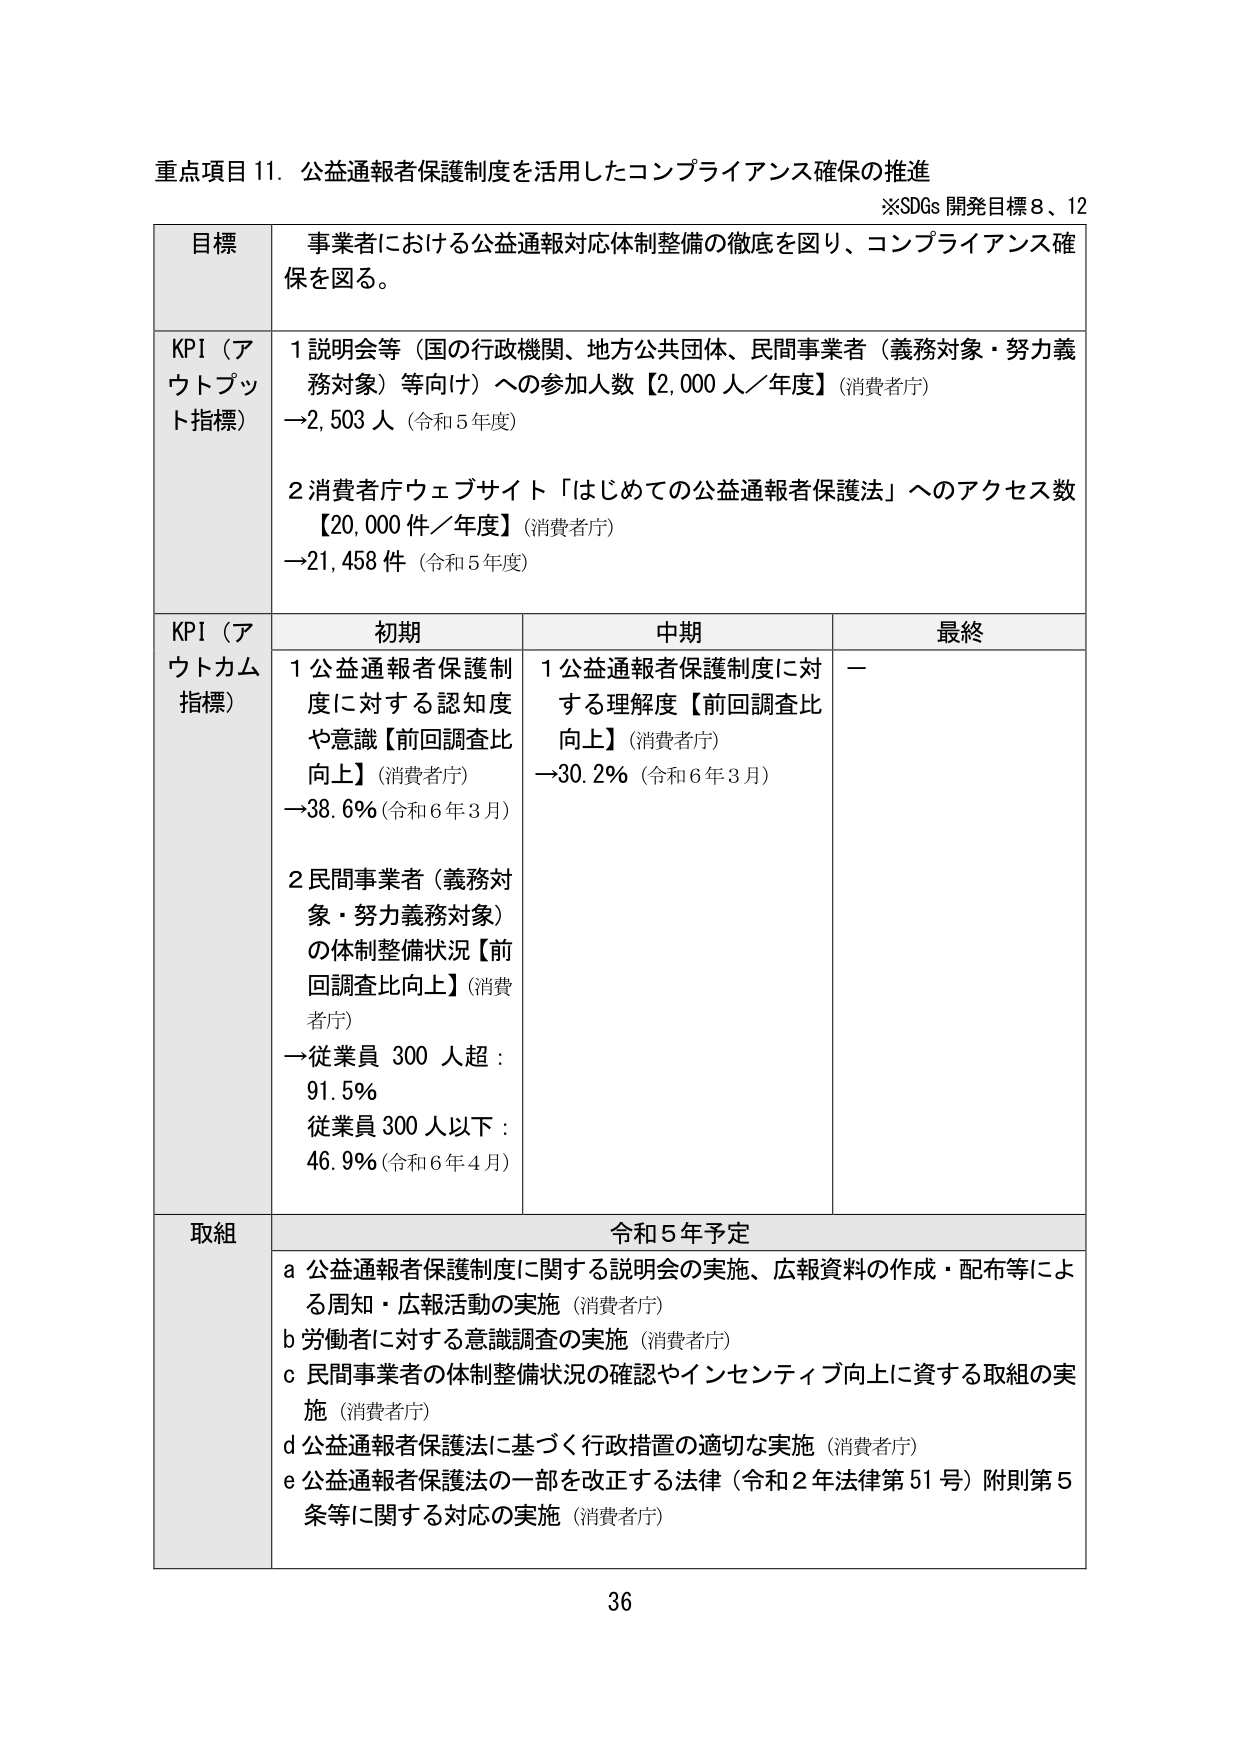
重点項目 11．公益通報者保護制度を活用したコンプライアンス確保の推進
※SDGs 開発目標 8、12

目標
事業者における公益通報対応体制整備の徹底を図り、コンプライアンス確保を図る。

KPI（アウトプット指標）
1 説明会等（国の行政機関、地方公共団体、民間事業者（義務対象・努力義務対象）等向け）への参加人数【2,000 人／年度】（消費者庁）
→2,503 人（令和 5 年度）

2 消費者庁ウェブサイト「はじめての公益通報者保護法」へのアクセス数【20,000 件／年度】（消費者庁）
→21,458 件（令和 5 年度）

KPI（アウトカム指標）
初期
1 公益通報者保護制度に対する認知度や意識【前回調査比向上】（消費者庁）
→38.6%（令和 6 年 3 月）

2 民間事業者（義務対象・努力義務対象）の体制整備状況【前回調査比向上】（消費者庁）
→従業員 300 人超：91.5%
従業員 300 人以下：46.9%（令和 6 年 4 月）

中期
1 公益通報者保護制度に対する理解度【前回調査比向上】（消費者庁）
→30.2%（令和 6 年 3 月）

最終
－

取組
令和 5 年予定
a 公益通報者保護制度に関する説明会の実施、広報資料の作成・配布等による周知・広報活動の実施（消費者庁）
b 労働者に対する意識調査の実施（消費者庁）
c 民間事業者の体制整備状況の確認やインセンティブ向上に資する取組の実施（消費者庁）
d 公益通報者保護法に基づく行政措置の適切な実施（消費者庁）
e 公益通報者保護法の一部を改正する法律（令和 2 年法律第 51 号）附則第 5 条等に関する対応の実施（消費者庁）

36